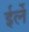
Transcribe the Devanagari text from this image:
ईर्ले